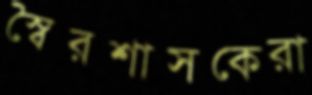
স্বৈরশাসকেরা